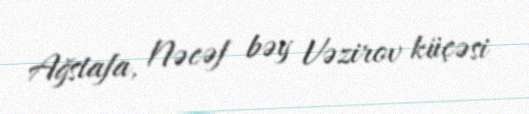
Ağstafa, Nəcəf bəy Vəzirov küçəsi